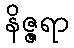
နိဇ္ဇရာ